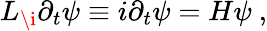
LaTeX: L_{\i}\partial_{t}\psi\equiv i\partial_{t}\psi=H\psi~,